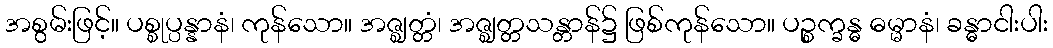
အစွမ်းဖြင့်။ ပစ္စုပ္ပန္နာနံ၊ ကုန်သော။ အဇ္ဈတ္တံ၊ အဇ္ဈတ္တသန္တာန်၌ ဖြစ်ကုန်သော။ ပဉ္စက္ခန္ဓ ဓမ္မာနံ၊ ခန္ဓာငါးပါး